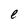
Character: e